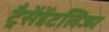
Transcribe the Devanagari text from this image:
ट्रैसेंडेंटलिज्म